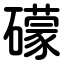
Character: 礞